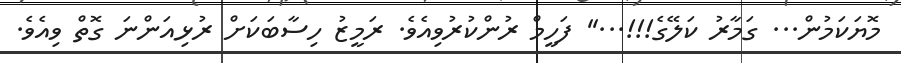
މޮޔަކަމުން... ގަމާރު ކަލޭގެ!!!...'' ފަހީމް ރުންކުރުވިއެވެ. ރަމީޒު ހިސާބަކަށް ރުޅިއަންނަ ގޮތް ވިއެވެ.